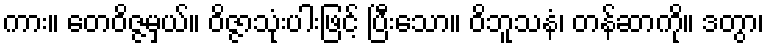
ကား။ တေဝိဇ္ဇမှယ်။ ဝိဇ္ဇာသုံးပါးဖြင့် ပြီးသော။ ဝိဘူသနံ၊ တန်ဆာကို။ ဒတွာ၊